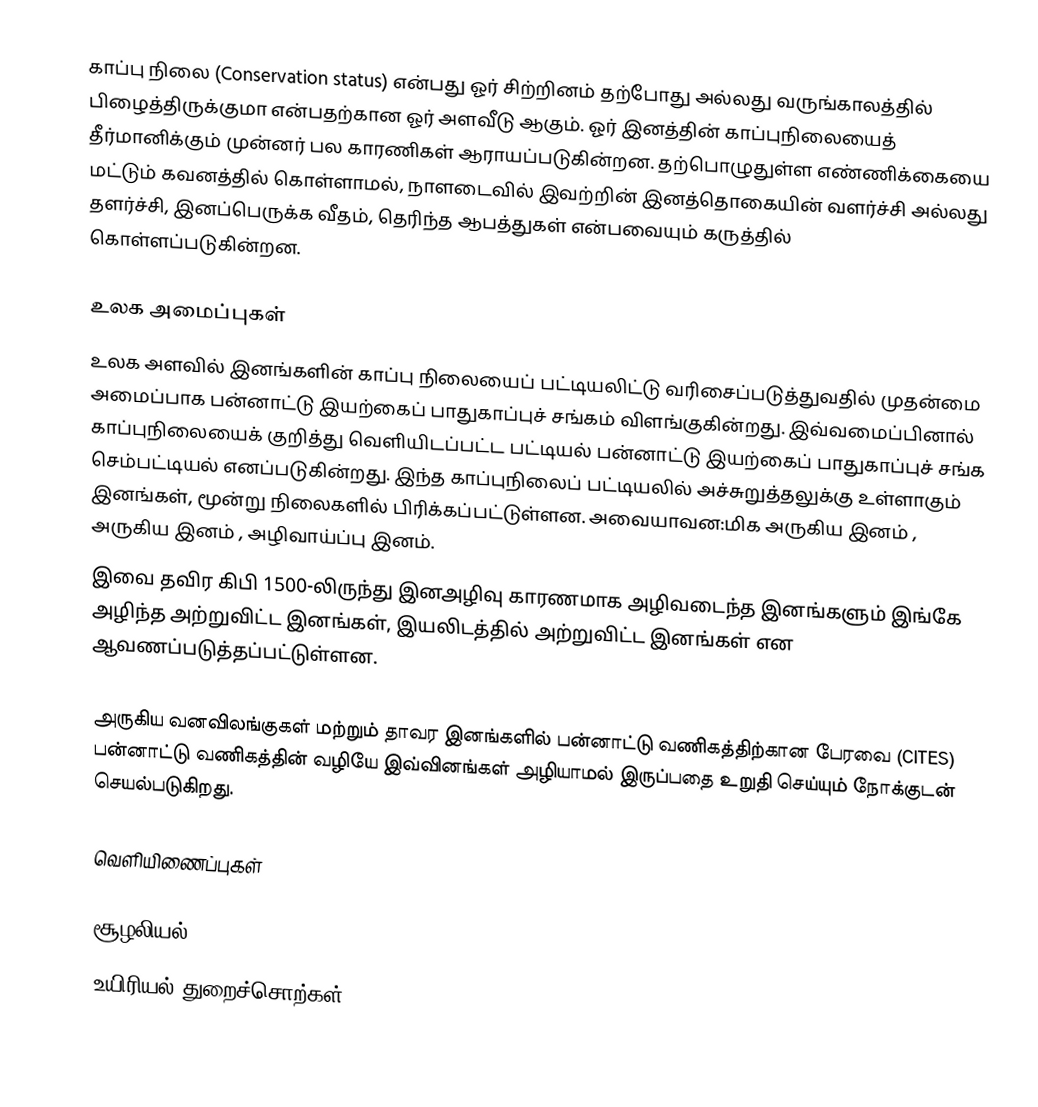
காப்பு நிலை (Conservation status) என்பது ஓர் சிற்றினம் தற்போது அல்லது வருங்காலத்தில் பிழைத்திருக்குமா என்பதற்கான ஓர் அளவீடு ஆகும். ஓர் இனத்தின் காப்புநிலையைத் தீர்மானிக்கும் முன்னர் பல காரணிகள் ஆராயப்படுகின்றன. தற்பொழுதுள்ள எண்ணிக்கையை மட்டும் கவனத்தில் கொள்ளாமல், நாளடைவில் இவற்றின் இனத்தொகையின் வளர்ச்சி அல்லது தளர்ச்சி, இனப்பெருக்க வீதம், தெரிந்த ஆபத்துகள் என்பவையும் கருத்தில் கொள்ளப்படுகின்றன.

உலக அமைப்புகள்
உலக அளவில் இனங்களின் காப்பு நிலையைப் பட்டியலிட்டு வரிசைப்படுத்துவதில் முதன்மை அமைப்பாக பன்னாட்டு இயற்கைப் பாதுகாப்புச் சங்கம் விளங்குகின்றது. இவ்வமைப்பினால் காப்புநிலையைக் குறித்து வெளியிடப்பட்ட பட்டியல் பன்னாட்டு இயற்கைப் பாதுகாப்புச் சங்க செம்பட்டியல் எனப்படுகின்றது. இந்த காப்புநிலைப் பட்டியலில் அச்சுறுத்தலுக்கு உள்ளாகும் இனங்கள், மூன்று நிலைகளில் பிரிக்கப்பட்டுள்ளன. அவையாவன:மிக அருகிய இனம் , அருகிய இனம் , அழிவாய்ப்பு இனம்.
இவை தவிர கிபி 1500-லிருந்து இனஅழிவு காரணமாக அழிவடைந்த இனங்களும் இங்கே அழிந்த அற்றுவிட்ட இனங்கள், இயலிடத்தில் அற்றுவிட்ட இனங்கள் என ஆவணப்படுத்தப்பட்டுள்ளன.

அருகிய வனவிலங்குகள் மற்றும் தாவர இனங்களில் பன்னாட்டு வணிகத்திற்கான பேரவை (CITES) பன்னாட்டு வணிகத்தின் வழியே இவ்வினங்கள் அழியாமல் இருப்பதை உறுதி செய்யும் நோக்குடன் செயல்படுகிறது.

வெளியிணைப்புகள்

சூழலியல்
உயிரியல் துறைச்சொற்கள்